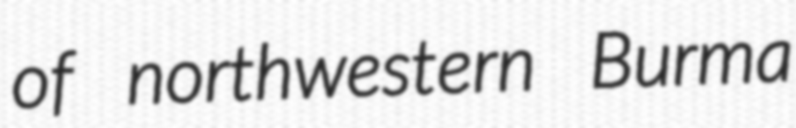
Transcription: of northwestern Burma